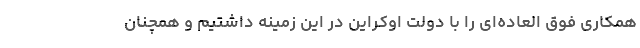
همکاری فوق‌ العاده‌ای را با دولت اوکراین در این زمینه داشتیم و همچنان